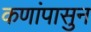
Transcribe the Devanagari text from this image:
कणांपासुन